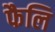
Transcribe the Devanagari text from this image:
फैलि